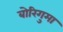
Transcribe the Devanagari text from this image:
बोरिगुमा